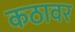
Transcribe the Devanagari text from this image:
कठावर